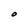
Character: O